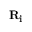
\mathbf { R _ { i } }